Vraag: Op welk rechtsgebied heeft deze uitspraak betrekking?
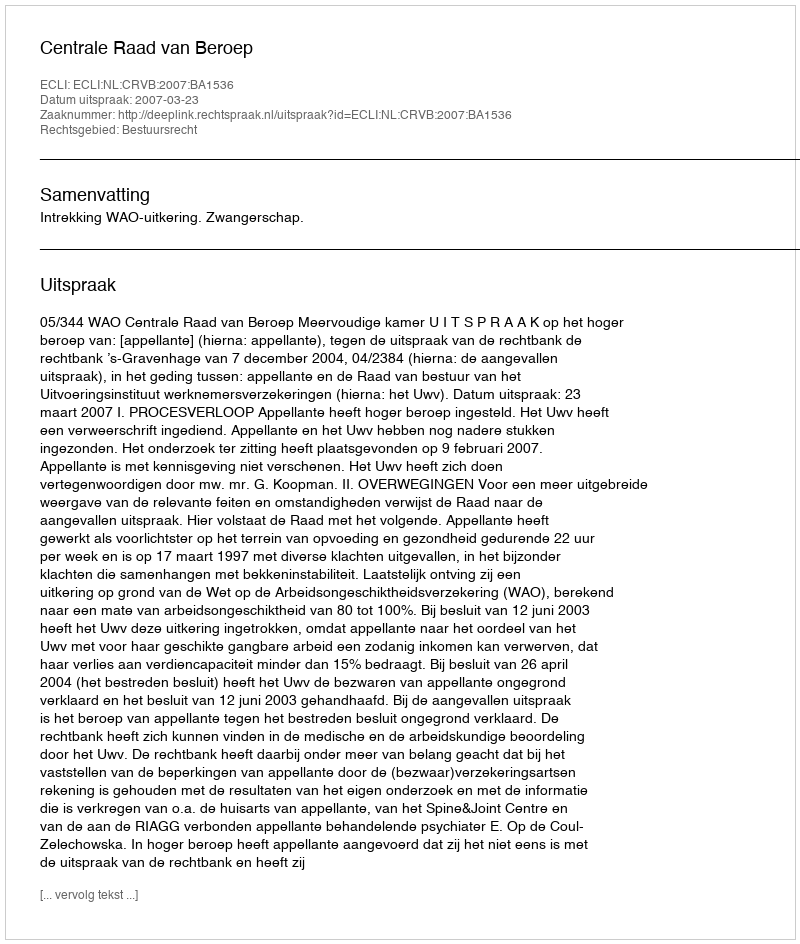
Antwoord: Bestuursrecht